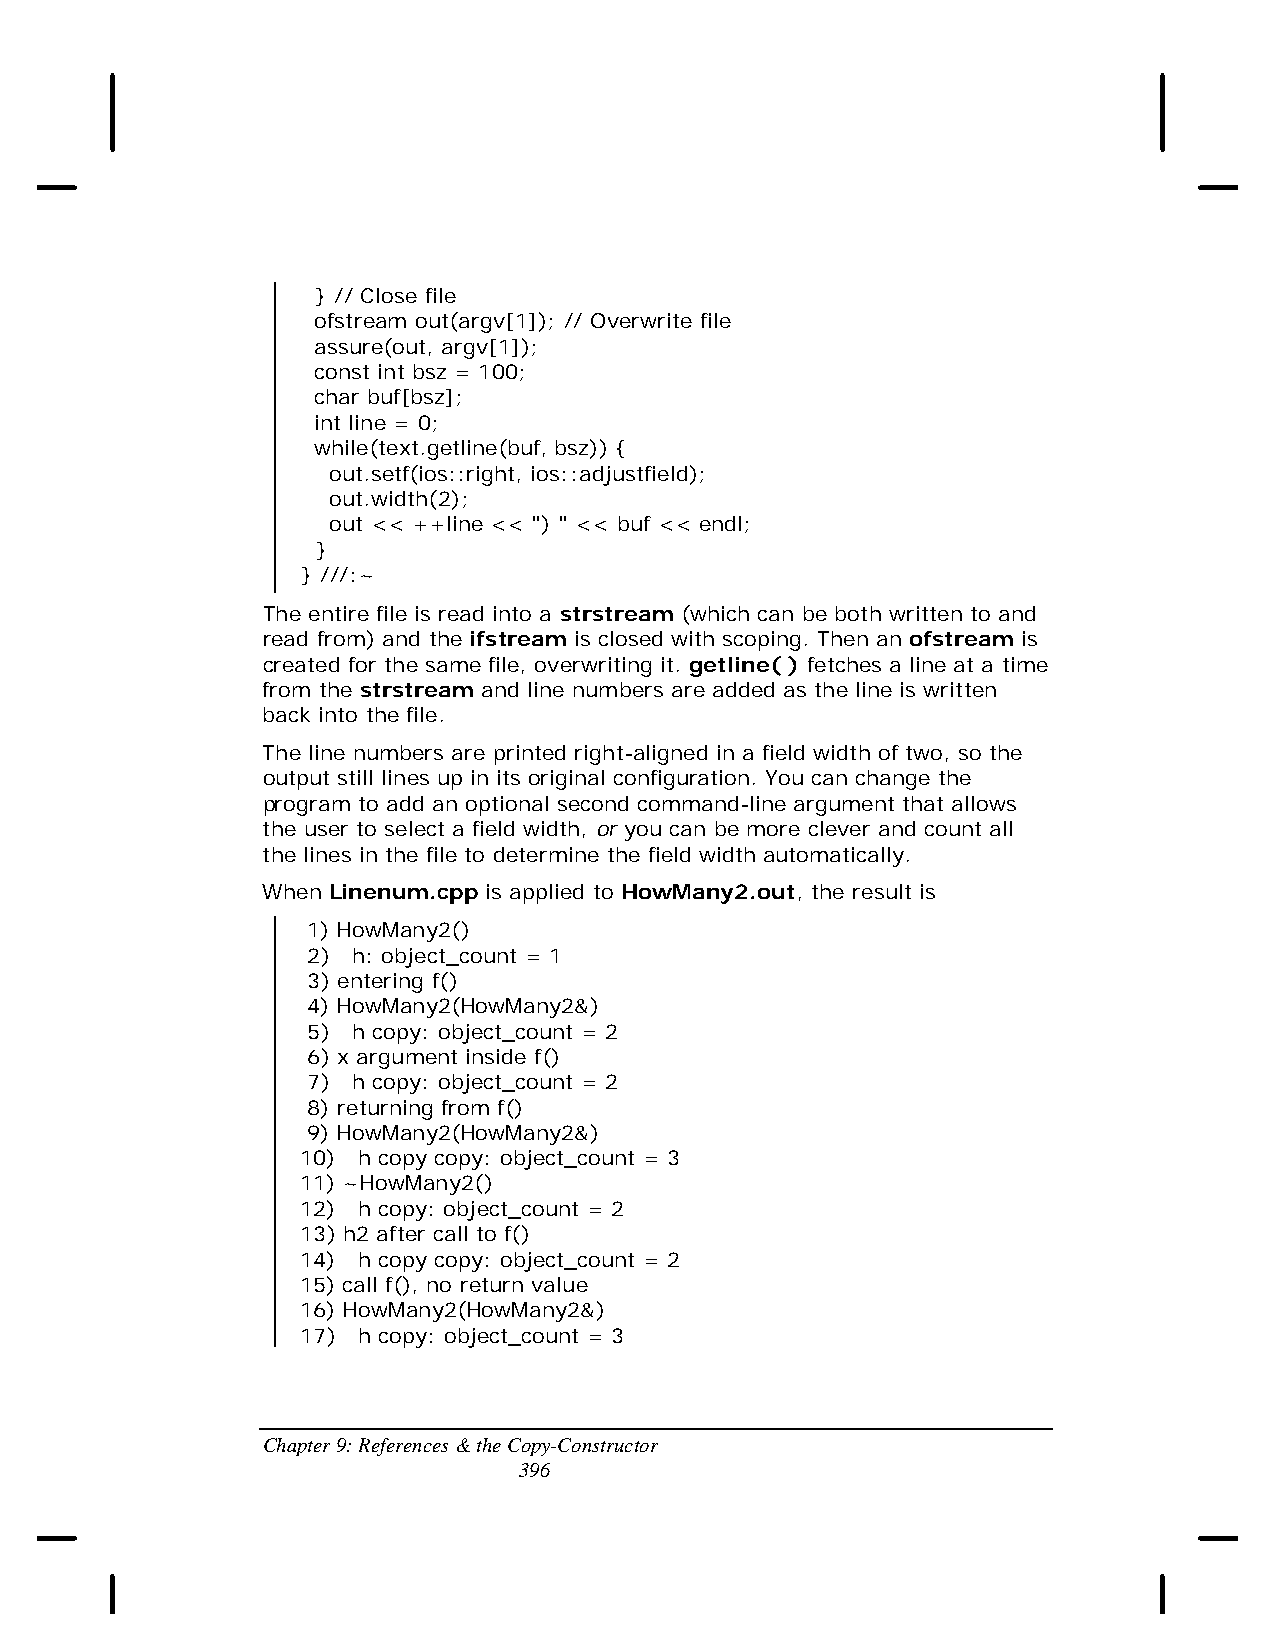
} // Close file
 ofstream out(argv[1]); // Overwrite file
 assure(out, argv[1]);
 const int bsz = 100;
 char buf[bsz];
 int line = 0;
 while(text.getline(buf, bsz)) {
 out.setf(ios::right, ios::adjustfield);
 out.width(2);
 out << ++line << ") " << buf << endl;
 }
 } ///:~
 The entire file is read into a strstream (which can be both written to and
 read from) and the ifstream is closed with scoping. Then an ofstream is
 created for the same file, overwriting it. getline( ) fetches a line at a time
 from the strstream and line numbers are added as the line is written
 back into the file.
 The line numbers are printed right-aligned in a field width of two, so the
 output still lines up in its original configuration. You can change the
 program to add an optional second command-line argument that allows
 the user to select a field width, or you can be more clever and count all
 the lines in the file to determine the field width automatically.
 When Linenum.cpp is applied to HowMany2.out, the result is
 1) HowMany2()
 2) h: object_count = 1
 3) entering f()
 4) HowMany2(HowMany2&)
 5) h copy: object_count = 2
 6) x argument inside f()
 7) h copy: object_count = 2
 8) returning from f()
 9) HowMany2(HowMany2&)
 10) h copy copy: object_count = 3
 11) ~HowMany2()
 12) h copy: object_count = 2
 13) h2 after call to f()
 14) h copy copy: object_count = 2
 15) call f(), no return value
 16) HowMany2(HowMany2&)
 17) h copy: object_count = 3
 Chapter 9: References & the Copy-Constructor
 396